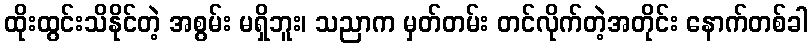
ထိုးထွင်းသိနိုင်တဲ့ အစွမ်း မရှိဘူး၊ သညာက မှတ်တမ်း တင်လိုက်တဲ့အတိုင်း နောက်တစ်ခါ